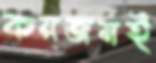
কয়জনই